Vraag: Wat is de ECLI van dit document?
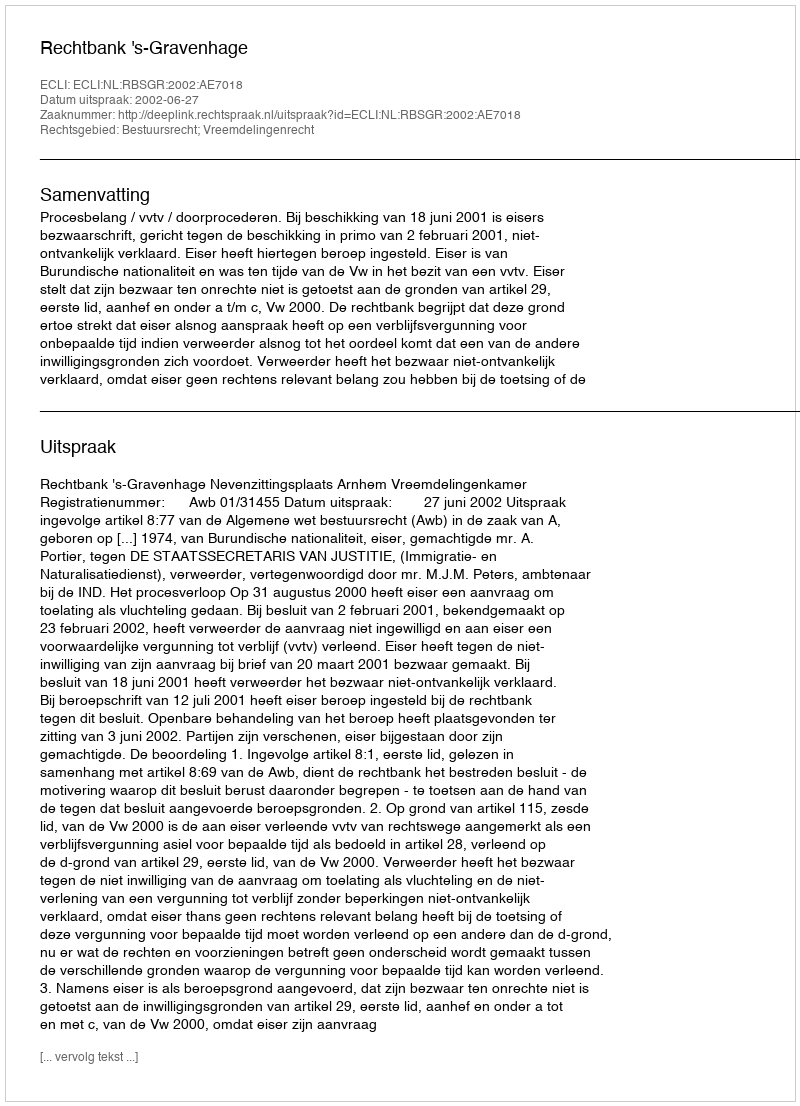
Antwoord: ECLI:NL:RBSGR:2002:AE7018